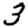
Digit: 3